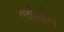
જોશોન